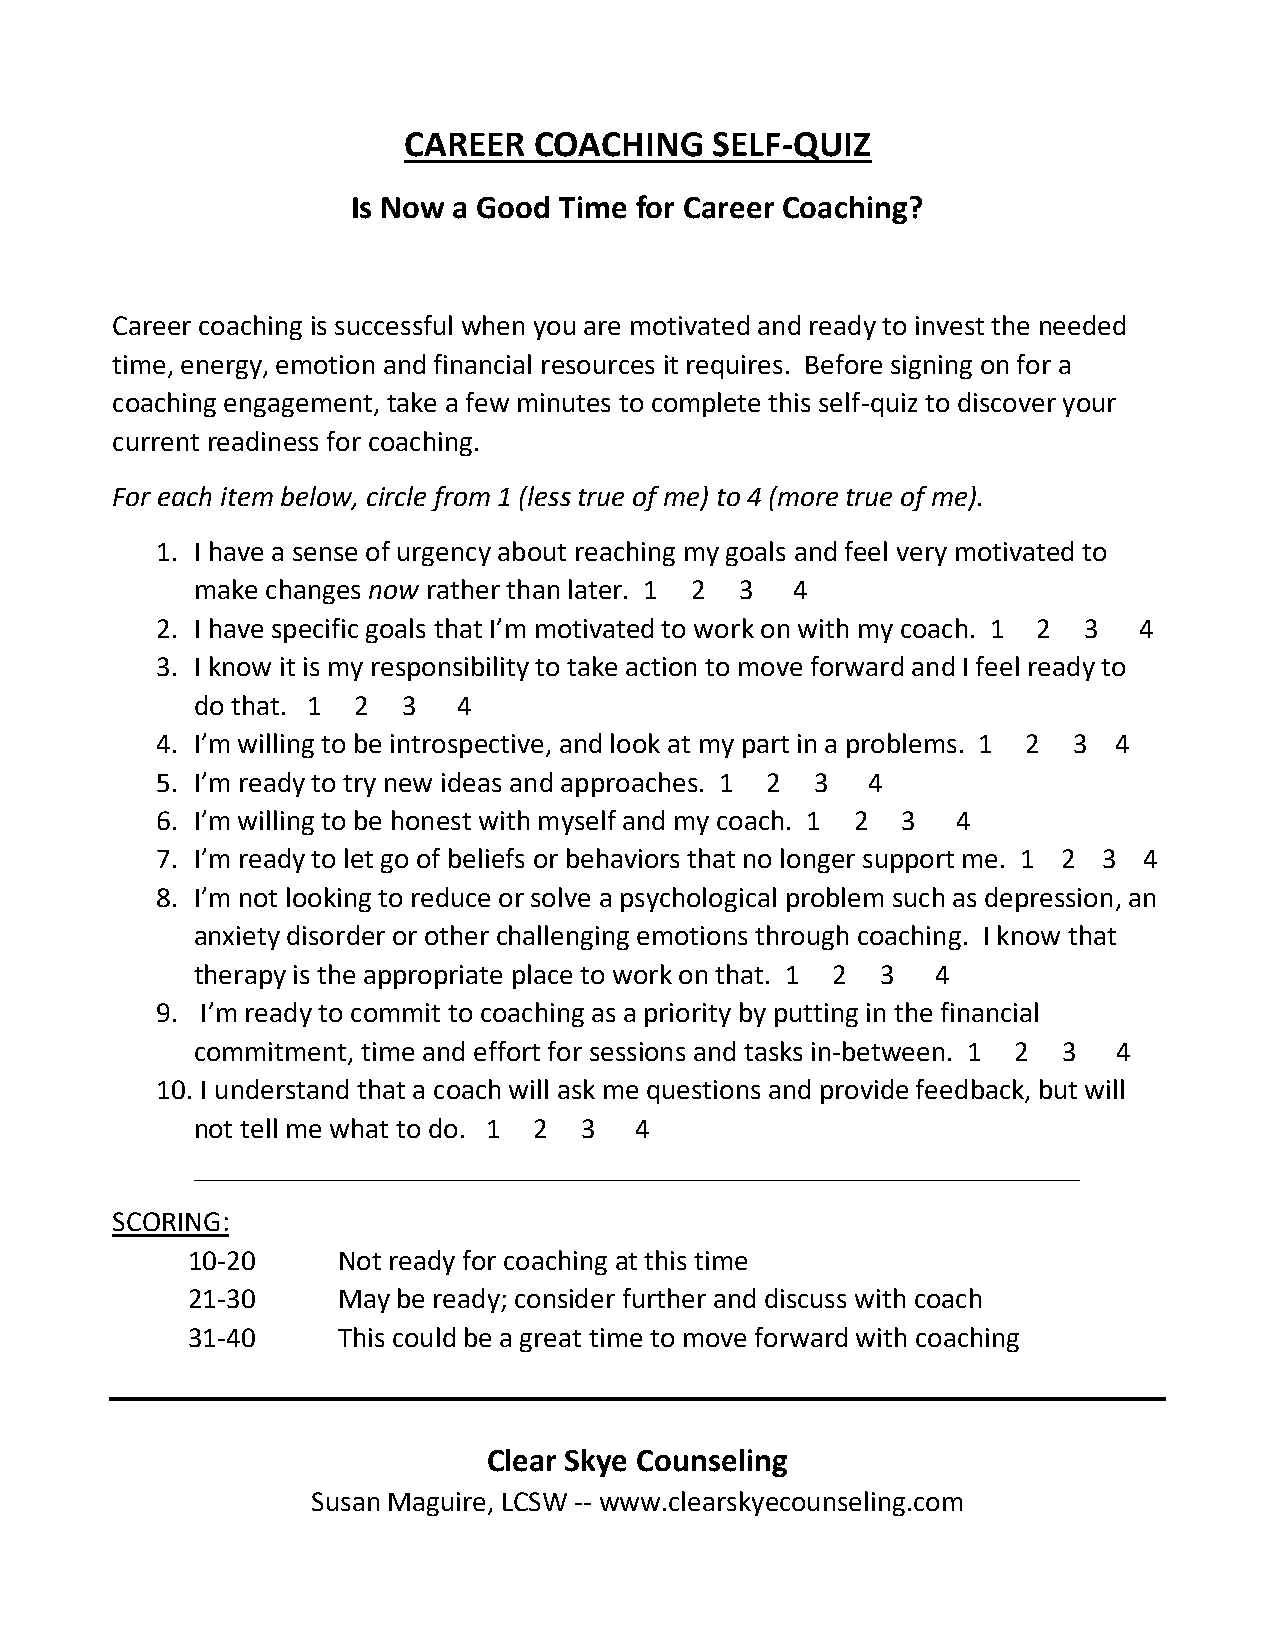
CAREER  COACHING    SELF-QUIZ
 Is Now a Good Time for Career Coaching?
 Career coaching is successful when you are motivated and ready to invest the needed
 time, energy, emotion and financial resources it requires. Before signing on for a
 coaching engagement, take a few minutes to complete this self-quiz to discover your
 current readiness for coaching.
 For each item below, circle from 1 (less true of me) to 4 (more true of me).
 1. I have a sense of urgency about reaching my goals and feel very motivated to
 make changes now rather than later. 1 2 3 4
 2. I have specific goals that I’m motivated to work on with my coach. 1 2 3 4
 3. I know it is my responsibility to take action to move forward and I feel ready to
 do that. 1 2  3  4
 4. I’m willing to be introspective, and look at my part in a problems. 1 2 3 4
 5. I’m ready to try new ideas and approaches. 1 2 3 4
 6. I’m willing to be honest with myself and my coach. 1 2 3 4
 7. I’m ready to let go of beliefs or behaviors that no longer support me. 1 2 3 4
 8. I’m not looking to reduce or solve a psychological problem such as depression, an
 anxiety disorder or other challenging emotions through coaching. I know that
 therapy is the appropriate place to work on that. 1 2 3 4
 9. I’m ready to commit to coaching as a priority by putting in the financial
 commitment, time and effort for sessions and tasks in-between. 1 2 3 4
 10. I understand that a coach will ask me questions and provide feedback, but will
 not tell me what to do. 1 2 3 4
 _____________________________________________________________
 SCORING:
 10-20     Not ready for coaching at this time
 21-30     May be ready; consider further and discuss with coach
 31-40     This could be a great time to move forward with coaching
 Clear Skye Counseling
 Susan Maguire, LCSW -- www.clearskyecounseling.com